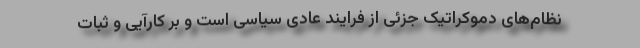
نظام‌های دموکراتیک جزئی از فرایند عادی سیاسی است و بر کارآیی و ثبات